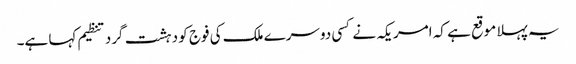
یہ پہلا موقع ہے کہ امریکہ نے کسی دوسرے ملک کی فوج کو دہشت گرد تنظیم کہا ہے۔